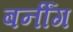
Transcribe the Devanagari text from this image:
बर्नींग